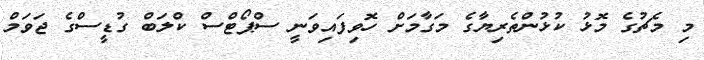
މި މެޗުގެ މޮޅު ކުޅުންތެރިޔާގެ މަގާމަށް ހޮވިފައިވަނީ ސްޕޯޓްސް ކްލަބް ގުޑީސްގެ ޖަވަމް